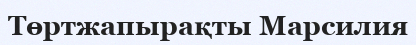
Төртжапырақты Марсилия